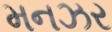
મનઝર